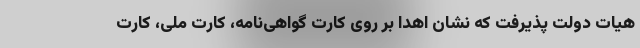
هیات دولت پذیرفت که نشان اهدا بر روی کارت گواهی‌نامه، کارت ملی، کارت